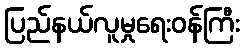
ပြည်နယ်လူမှုရေးဝန်ကြီး